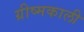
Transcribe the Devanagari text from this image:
ग्रीष्मकाली